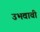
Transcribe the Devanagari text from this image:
उभवावी